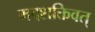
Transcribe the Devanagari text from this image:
मदशक्तिवत्